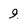
Character: 9